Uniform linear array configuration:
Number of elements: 12
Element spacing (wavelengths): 0.75
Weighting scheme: kaiser
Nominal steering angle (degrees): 45
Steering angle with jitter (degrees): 44.997
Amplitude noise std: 0.05
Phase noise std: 0.05

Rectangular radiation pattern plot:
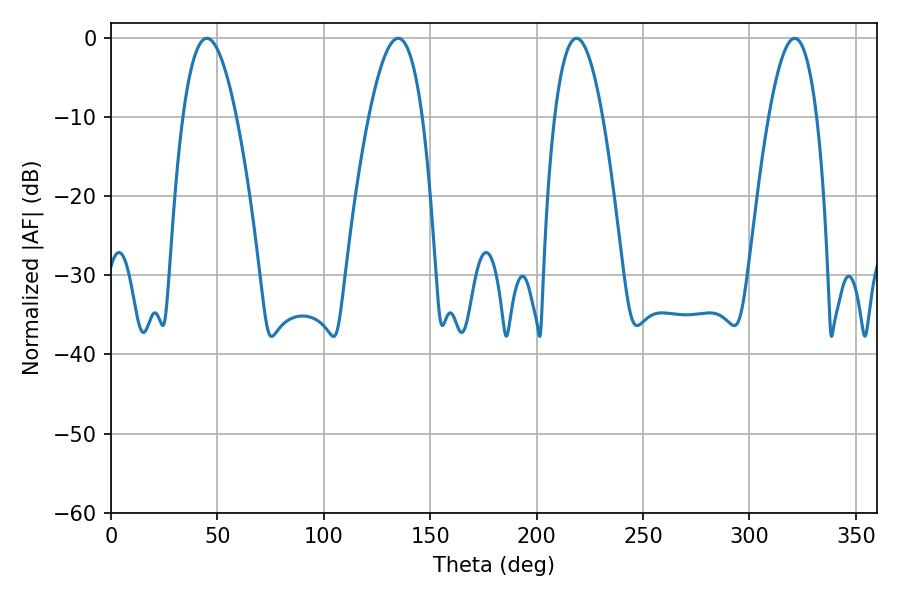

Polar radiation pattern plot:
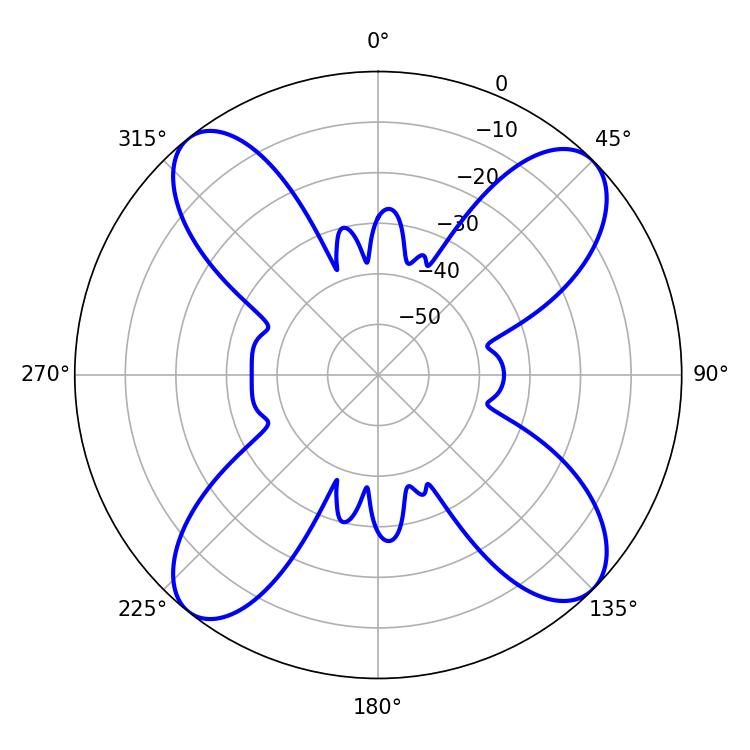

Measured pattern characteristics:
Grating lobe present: TRUE
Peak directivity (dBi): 14.25
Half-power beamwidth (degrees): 12.42
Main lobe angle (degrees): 218.7